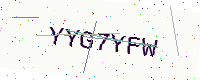
Text: YYG7YFW